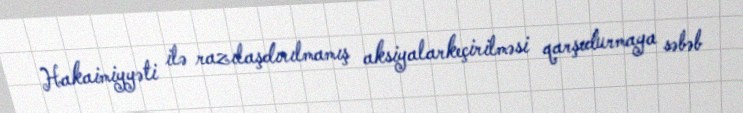
Hakaimiyyəti ilə razılaşdırılmamış aksiyalarkeçirilməsi qarşıdurmaya səbəb